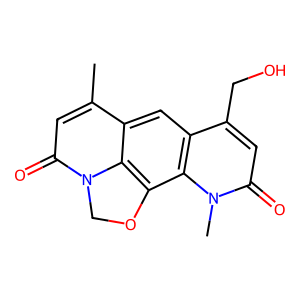
SMILES: Cc1cc(=O)n2c3c(c4c(cc13)c(CO)cc(=O)n4C)OC2
Inhibits HIV replication: No